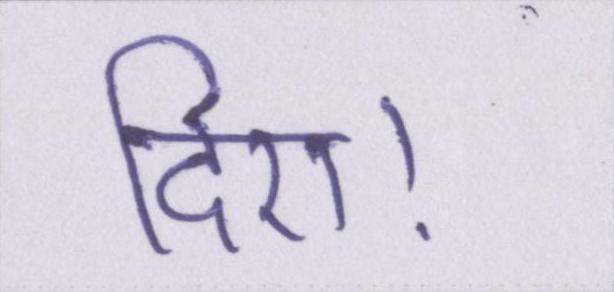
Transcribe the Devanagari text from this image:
दिए।